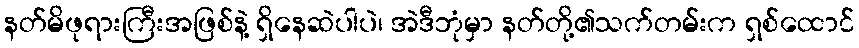
နတ်မိဖုရားကြီးအဖြစ်နဲ့ ရှိနေဆဲပါပဲ၊ အဲဒီဘုံမှာ နတ်တို့၏သက်တမ်းက ရှစ်ထောင်